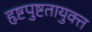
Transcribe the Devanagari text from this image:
हृष्टपुष्टतायुक्त